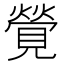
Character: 覮